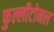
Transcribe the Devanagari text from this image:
फुल्लीटोनल